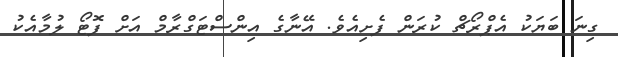
ގިނަ ބަޔަކު އެޕްރޯޗް ކުރަން ފެށިއެވެ. އޭނާގެ އިންސްޓަގްރާމް އަށް ފޮޓޯ ލުމާއެކު